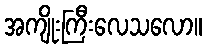
အကျိုးကြီးလေသလော။